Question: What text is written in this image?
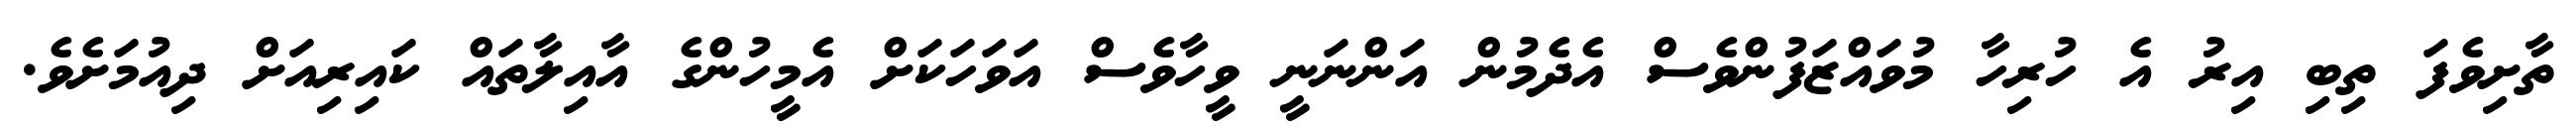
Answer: ތާށިވެފަ ތިބި އިރު އެ ހުރިހާ މުވައްޒަފުންވެސް އެދެމުން އަންނަނީ ވީހާވެސް އަވަހަކަށް އެމީހުންގެ އާއިލާތައް ކައިރިއަށް ދިއުމަށެވެ.